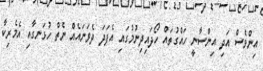
އިންވެސް އަދި އިންސާނީ ހައްގުތައް ހޯދައިދިނުމުގައި އެފަދަ ދެވަނައެއް ނެތް ހުޅަނގާއި އެމެރިކާ